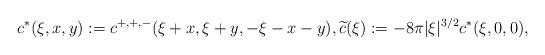
LaTeX: \begin{align*} c^{\ast}(\xi,x, y) := c^{+,+,-}(\xi+x,\xi+ y, -\xi-x-y),\widetilde{c}(\xi):= - 8 \pi |\xi|^{3/2} c^{\ast}(\xi,0,0) ,\end{align*}